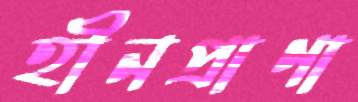
হীনপ্রাণা